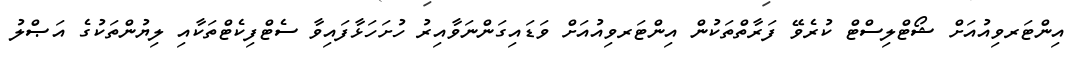
އިންޓަރވިއުއަށް ޝޯޓްލިސްޓް ކުރެވޭ ފަރާތްތަކުން އިންޓަރވިއުއަށް ވަޑައިގަންނަވާއިރު ހުށަހަޅާފައިވާ ސެޓްފިކެޓްތަކާއި ލިޔުންތަކުގެ އަޞްލު